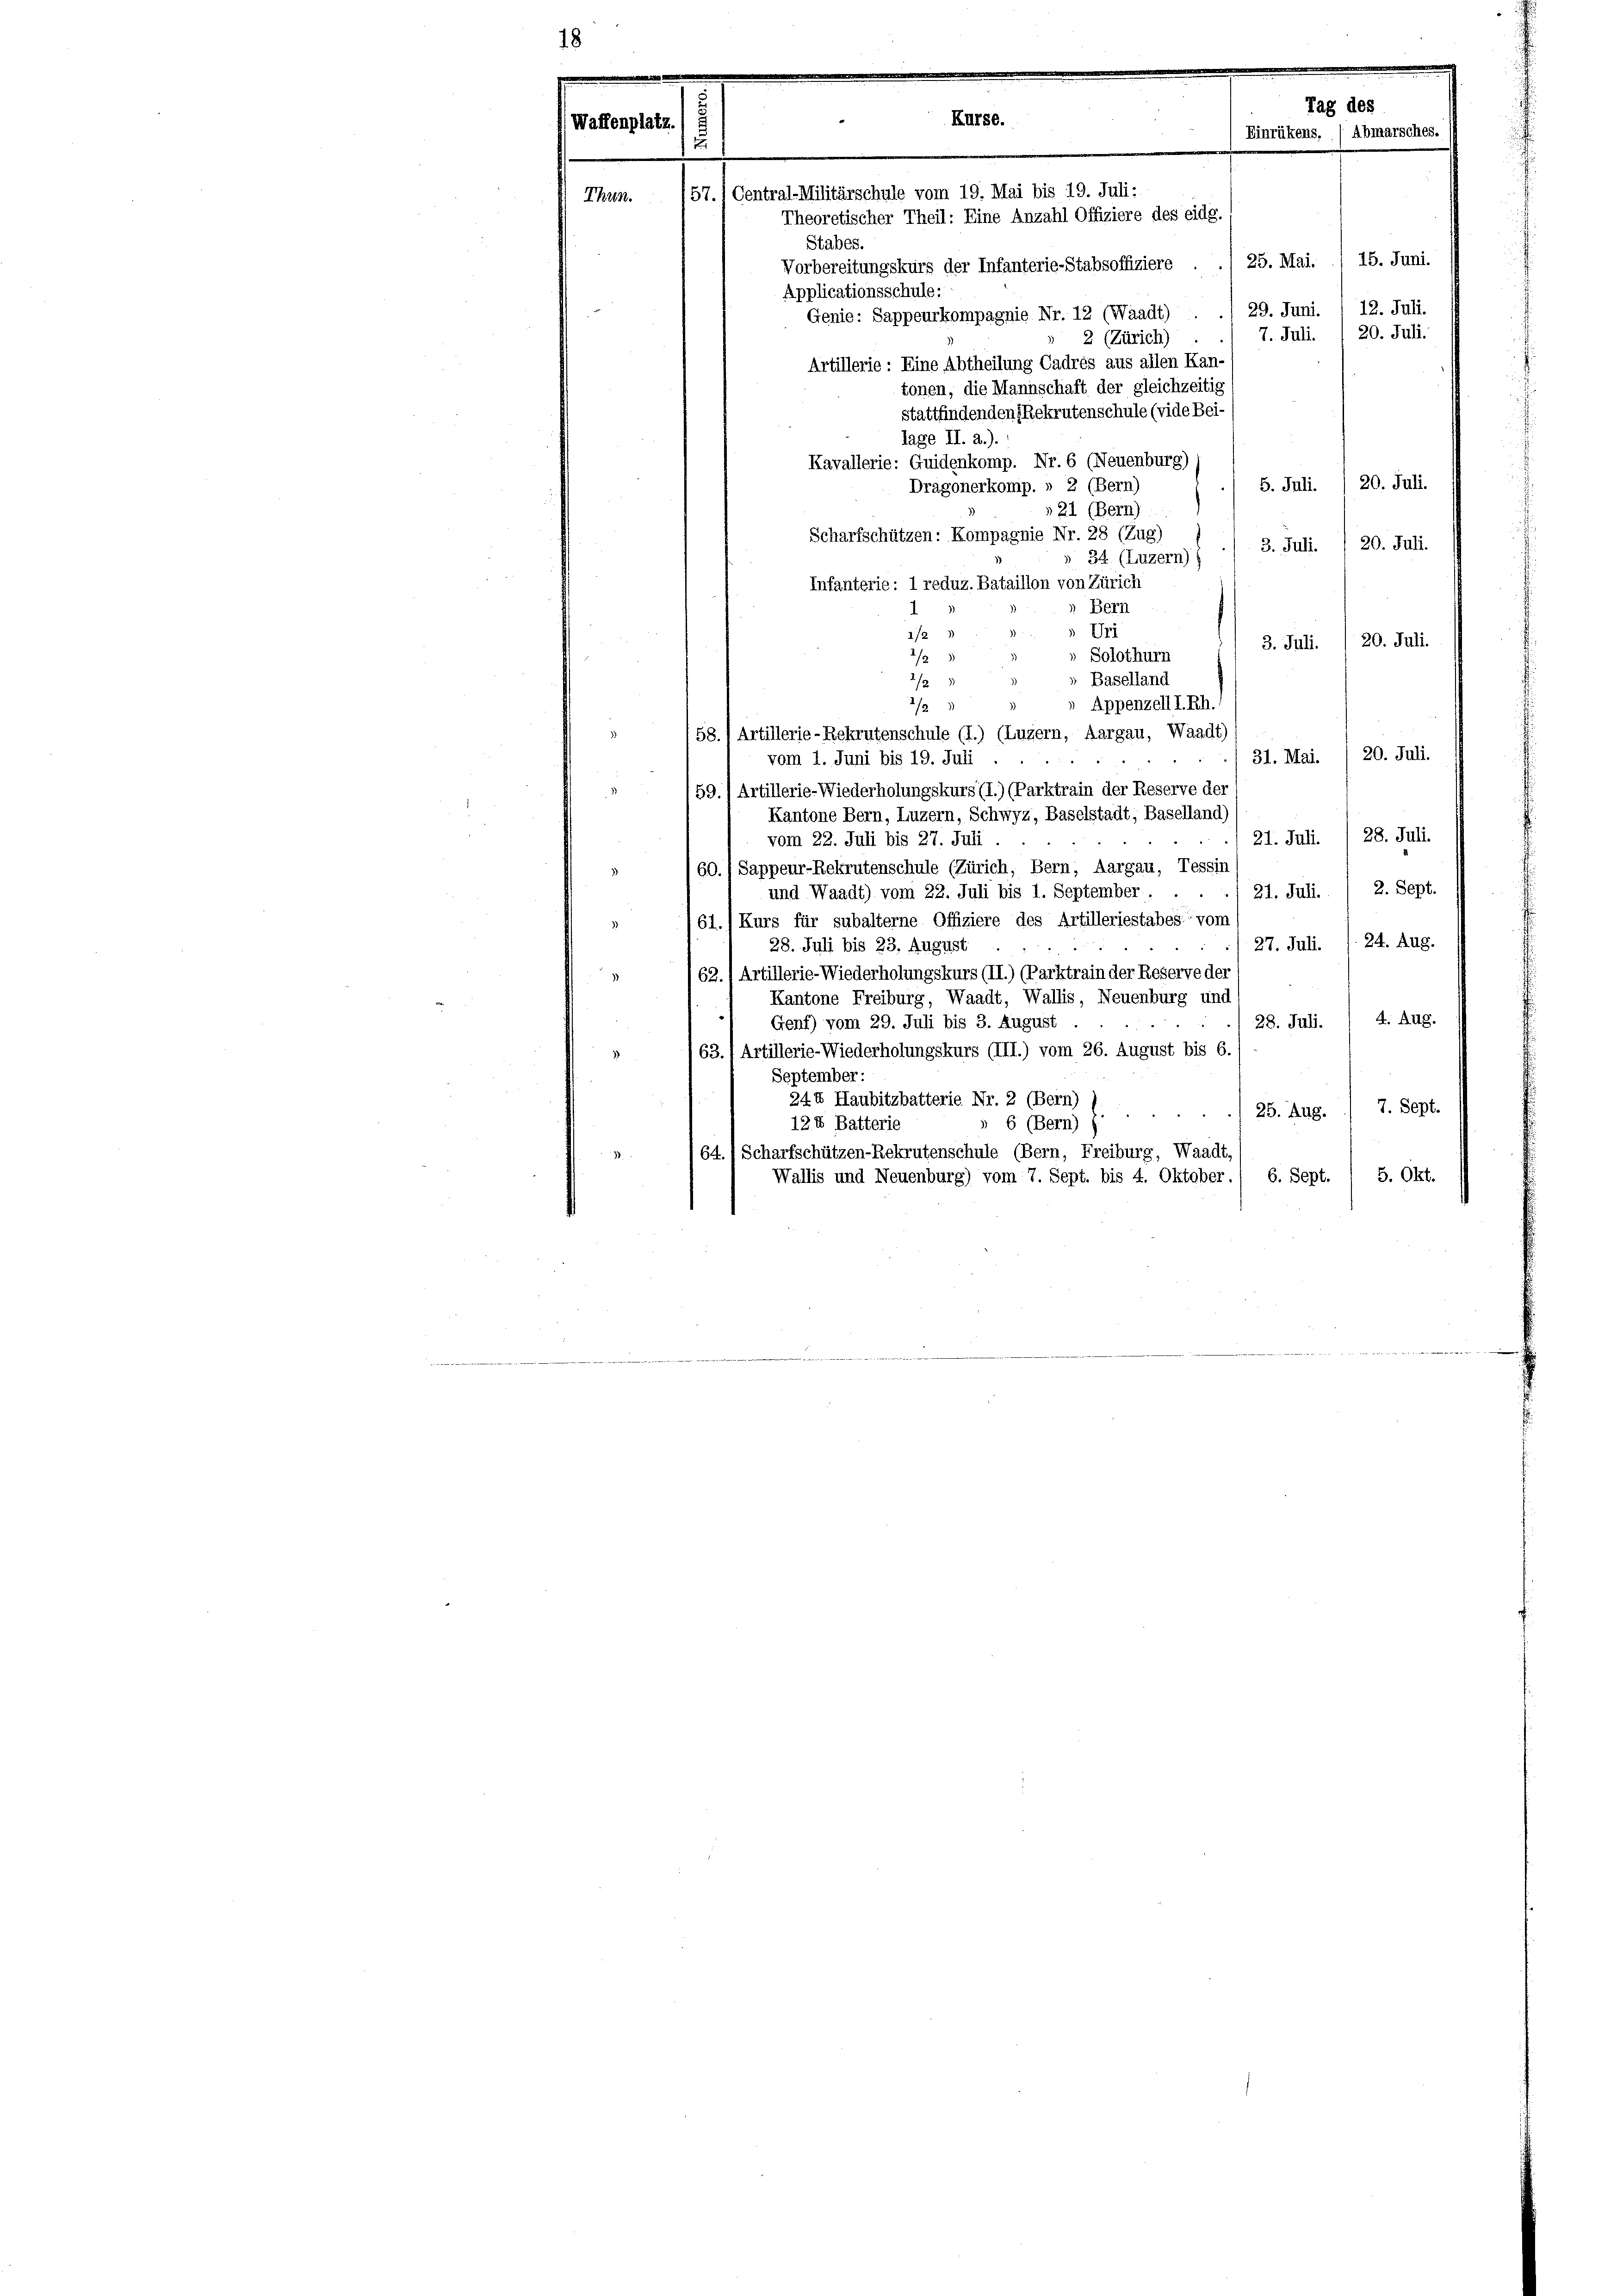
Kurse.
57.1 Central-Militärschule vom 19. Mai bis 19. Juli:
Theoretischer Theil: Eine Anzahl Offiziere des eidg.
Stabes.
Vorbereitungskurs der Infanterie-Stabsoffiziere .
Applicationsschule:
Genie: Sappeurkompagnie Nr. 12 (Waadt) . ./ 29. Juni. 1 12. Juli.
20. Juli.
7. Juli.
2 (Zürich)
Artillerie: Eine Abtheilung Cadrés aus allen Kan-
tonen, die Mannschaft der gleichzeitig
stattfindenden Rekrutenschule (vide Bei-
lage II. a.).
Kavallerie: Guidenkomp. Nr. 6 (Neuenburg)
20. Juli.
Dragonerkomp. » 2 (Bern)
5. Juli.
»21 (Bern)
Scharfschützen: Kompagnie Nr. 28 (Zug)
3. Juli. / 20. Juli.
34 (Luzern)
Infanterie: 1 reduz. Bataillon von Zürich
Bern
Uri
1/2
3. Juli. / 20. Juli.
Solothurn
/23
» Baselland
f
2/2
) Appenzell I.Rh.
58. 1 Artillerie-Rekrutenschule (I.) (Luzern, Aargau, Waadt)
20. Juli.
31. Mai.
vom 1. Juni bis 19. Juli
59.) Artillerie-Wiederholungskurs (I.) (Parktrain der Reserve der
Kantone Bern, Luzern, Schwyz, Baselstadt, Baselland)
21. Juli. / 28. Juli.
vom 22. Juli bis 27. Juli.
60./Sappeur-Rekrutenschule (Zürich, Bern, Aargau, Tessin
21. Juli. / 2. Sept.
und Waadt) vom 22. Juli bis 1. September . .
61.) Kurs für subalterne Offiziere des Artilleriestabes vom
27. Juli. 1. 24. Aug.
28. Juli bis 23. August
62., Artillerie-Wiederholungskurs (II.) (Parktrain der Reserve der
2
Kantone Freiburg, Waadt, Wallis, Neuenburg und
28. Juli. / 4. Aug.
Genf) vom 29. Juli bis 3. August
63.) Artillerie-Wiederholungskurs (III.) vom 26. August bis 6.
3)
September:
244 Haubitzbatterie Nr. 2 (Bern)
7. Sept.
25. Aug.
12X Batterie
 6 (Bern)
64.) Scharfschützen-Rekrutenschule (Bern, Freiburg, Waadt,
5. Okt.
Wallis und Neuenburg) vom 7. Sept. bis 4. Oktober.) 6. Sept.

Waffenplatz.

.
Thun.

Tag des
Einrükens, (Abmarsches.

25. Mai. 1 15. Juni.